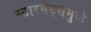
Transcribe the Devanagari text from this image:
स्टारगेट्समुळे